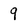
Character: 9